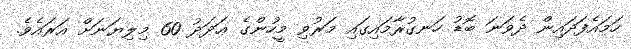
ހަމައެފަދައިން ދެވަނަ ބޮޑު ހަނގުރާމައިގައި މަރުވި މީހުންގެ ޢަދަދު 60 މިލިޔަނަށް އަރައެވެ.